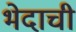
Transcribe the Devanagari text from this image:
भेदाची